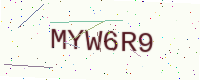
Text: MYW6R9